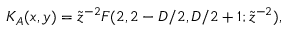
K _ { A } ( x , y ) = \tilde { z } ^ { - 2 } F ( 2 , 2 - D / 2 , D / 2 + 1 ; \tilde { z } ^ { - 2 } ) , \,